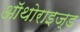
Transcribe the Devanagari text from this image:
ऑथोराइज्ड